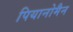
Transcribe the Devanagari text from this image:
पियानोमैन